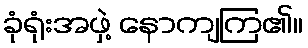
ခုံရုံးအဖှဲ့ နောကျကြ၏။